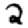
Digit: 2